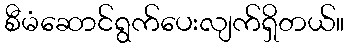
စီမံဆောင်ရွက်ပေးလျက်ရှိတယ်။